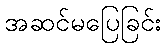
အဆင်မပြေခြင်း